Report on the lunatic asylums under the Government of Bombay - 1904-1913
Year: 1904
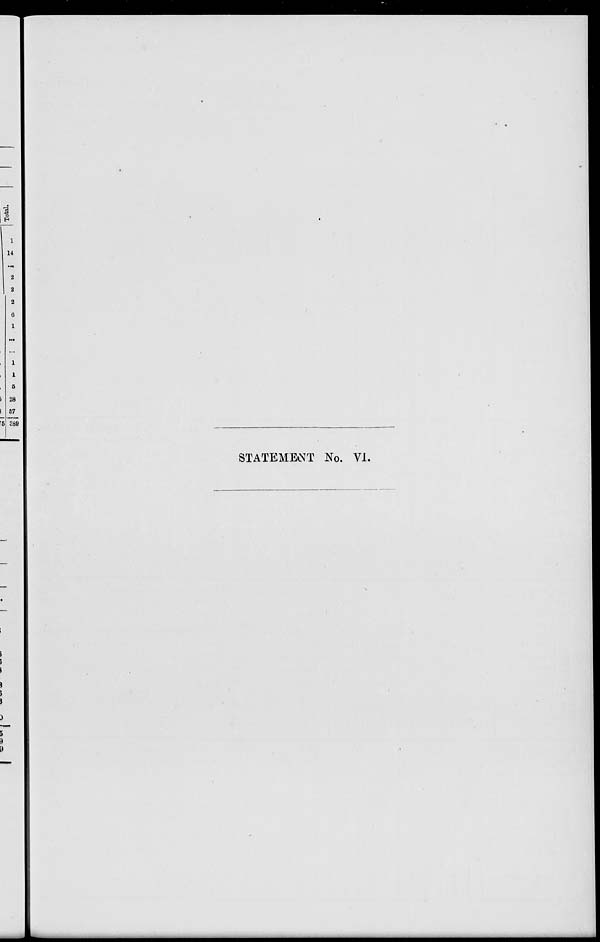
STATEMENT No. VI.